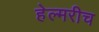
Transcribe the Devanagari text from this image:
हेल्मरीच